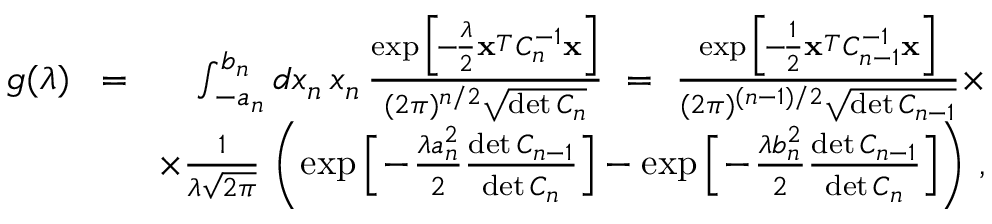
\begin{array} { r l r } { g ( \lambda ) } & { \! = \! } & { \int _ { - a _ { n } } ^ { b _ { n } } d x _ { n } \, x _ { n } \, { \frac { \exp \Big [ \! - \! { \frac { \lambda } { 2 } } { \bf x } ^ { _ T } C _ { n } ^ { - 1 } { \bf x } \Big ] } { ( 2 \pi ) ^ { n / 2 } \sqrt { \operatorname* { d e t } C _ { n } } } } \ = \ { \frac { \exp \Big [ \! - \! { \frac { 1 } { 2 } } { \bf x } ^ { _ T } C _ { n - 1 } ^ { - 1 } { \bf x } \Big ] } { ( 2 \pi ) ^ { ( n - 1 ) / 2 } \sqrt { \operatorname* { d e t } C _ { n - 1 } } } } \times } \\ & { } & { \times { \frac { 1 } { \lambda \sqrt { 2 \pi } } } \, \left( \exp \Big [ \! - \! { \frac { \lambda a _ { n } ^ { 2 } } { 2 } } { \frac { \operatorname* { d e t } C _ { n - 1 } } { \operatorname* { d e t } C _ { n } } } \Big ] - \exp \Big [ \! - \! { \frac { \lambda b _ { n } ^ { 2 } } { 2 } } { \frac { \operatorname* { d e t } C _ { n - 1 } } { \operatorname* { d e t } C _ { n } } } \Big ] \right) \, , } \end{array}